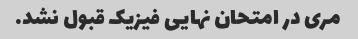
مری در امتحان نهایی فیزیک قبول نشد.